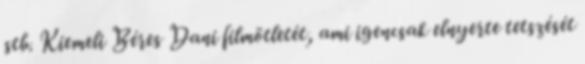
stb. Kiemeli Béres Dani filmötletét, ami igencsak elnyerte tetszését